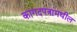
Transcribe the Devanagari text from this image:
कागदपत्रांमधील